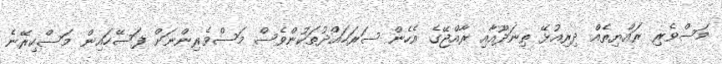
މަސްވެރި ރައްޔިތެއް ދިރިއުޅޭ ތިނަދޫއާއި ރާއްޖޭގެ އެހެން ސަރަހަައްދުތަކުންވެސް މަސްވެރިންނަށް ފަސޭހަައިން މަސްކިރޭނެ